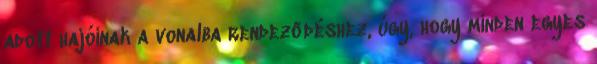
adott hajóinak a vonalba rendeződéshez, úgy, hogy minden egyes